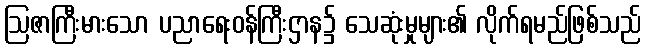
ဩဇာကြီးမားသော ပညာရေးဝန်ကြီးဌာန၌ သေဆုံးမှုများ၏ လိုက်ရမည်ဖြစ်သည်